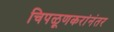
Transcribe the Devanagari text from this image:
चिपळूणकरांनंतर